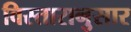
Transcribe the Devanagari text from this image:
विस्तारानुसार